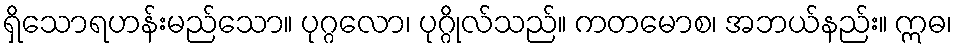
ရှိသောရဟန်းမည်သော။ ပုဂ္ဂလော၊ ပုဂ္ဂိုလ်သည်။ ကတမောစ၊ အဘယ်နည်း။ ဣဓ၊